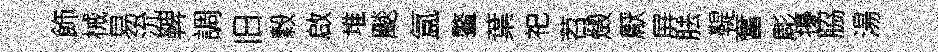
飾械易沇鞞調旧穀啟堆颷氲鳌葉祀苕燬厭屏胠鞮奮彫擾脇湯